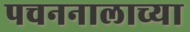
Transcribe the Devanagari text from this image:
पचननालाच्या